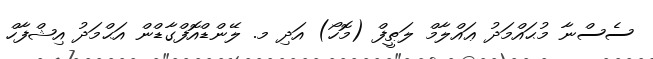
ސެސްނާ މުޙައްމަދު ޢައްލާމް ލަޠީފް (މޮހޯ) އަދި މ. ލޭންޑްއޮފްގާޑްން އަޙްމަދު އިޝްފާހް